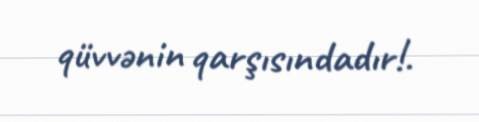
qüvvənin qarşısındadır!.